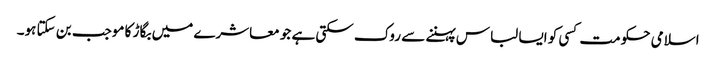
اسلامی حکومت کسی کو ایسا لباس پہننے سے روک سکتی ہے جو معاشرے میں بگاڑ کا موجب بن سکتا ہو۔